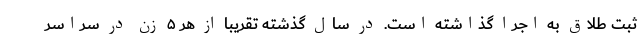
ثبت طلاق به اجرا گذاشته است. در سال گذشته تقریبا از هر ۵ زن در سراسر